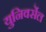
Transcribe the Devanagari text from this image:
युनिवर्सेल